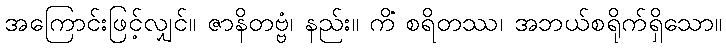
အကြောင်းဖြင့်လျှင်။ ဇာနိတဗ္ဗံ၊ နည်း။ ကိံ စရိတဿ၊ အဘယ်စရိုက်ရှိသော။